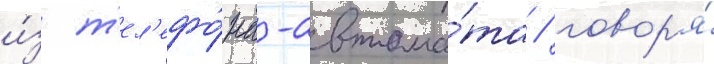
и́з т'ел'ефо́на-автома́та / говор'я́